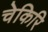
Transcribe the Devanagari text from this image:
चेकिरि